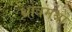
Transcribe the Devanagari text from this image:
श्रोत्रमथो